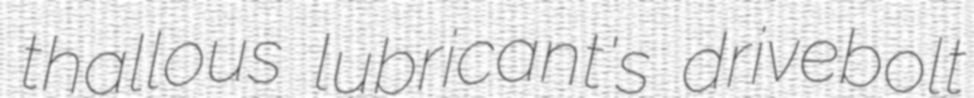
thallous lubricant's drivebolt